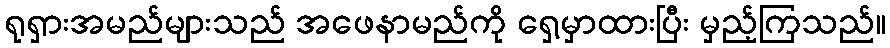
ရုရှားအမည်များသည် အဖေနာမည်ကို ရှေ့မှာထားပြီး မှည့်ကြသည်။